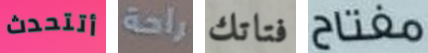
أتتحدث راحة فتاتك مفتاح